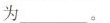
为___。